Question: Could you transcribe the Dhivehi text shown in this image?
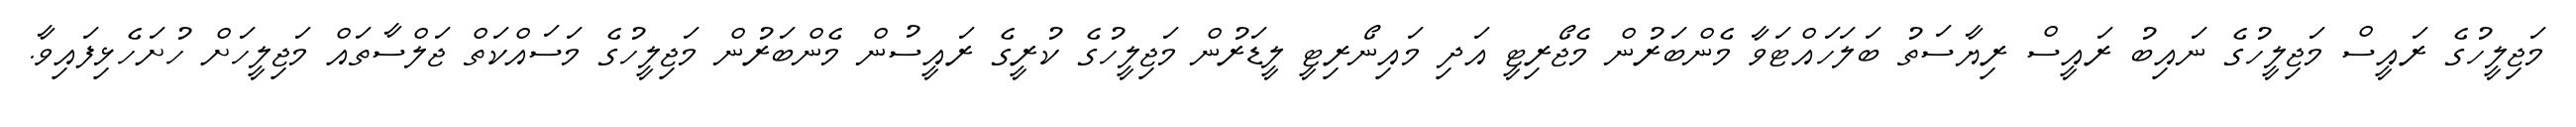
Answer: މަޖިލީހުގެ ރައީސް މަޖިލީހުގެ ނައިބު ރައީސް ރިޔާސަތު ބަލަހައްޓަވާ މެންބަރުން މެޖޯރިޓީ އަދި މައިނޯރިޓީ ލީޑަރުން މަޖިލީހުގެ ކުރީގެ ރައީސުން މެންބަރުން މަޖިލީހުގެ މަސައްކަތް ޖަލްސާތައް މަޖިލީހަށް ހުށަހެޅިފައިވާ.